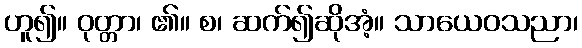
ဟူ၍။ ဝုတ္တာ၊ ၏။ စ၊ ဆက်၍ဆိုအံ့။ သာယေဝသညာ၊